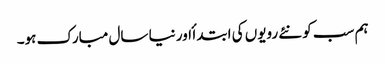
ہم سب کو نئے رویوں کی ابتدا ٔ اور نیا سال مبارک ہو۔